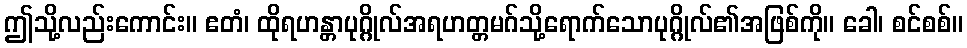
ဤသို့လည်းကောင်း။ ဧတံ၊ ထိုရဟန္တာပုဂ္ဂိုလ်အရဟတ္တမဂ်သို့ရောက်သောပုဂ္ဂိုလ်၏အဖြစ်ကို။ ခေါ၊ စင်စစ်။